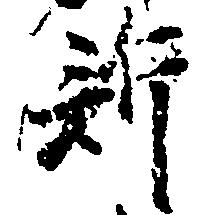
訴